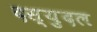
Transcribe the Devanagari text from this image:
दस्युदल